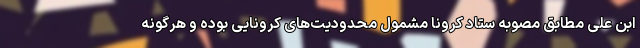
ابن علی مطابق مصوبه ستاد کرونا مشمول محدودیت‌های کرونایی بوده و هرگونه